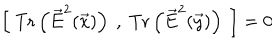
\left[ ~ \mathrm { T r } \left( { \vec { E } } ^ { 2 } ( \vec { x } ) \right) ~ , ~ \mathrm { T r } \left( { \vec { E } } ^ { 2 } ( \vec { y } ) \right) ~ \right] = 0